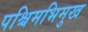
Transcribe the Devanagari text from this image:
पश्चिमभिमुख